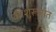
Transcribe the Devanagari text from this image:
कीशुरूआत